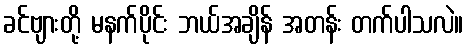
ခင်ဗျားတို့ မနက်ပိုင်း ဘယ်အချိန် အတန်း တက်ပါသလဲ။